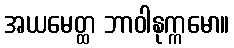
အယမေတ္ထ ဘာဝါနုက္ကမော။